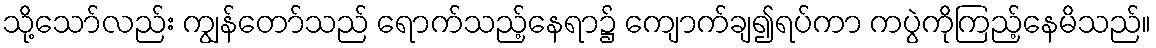
သို့သော်လည်း ကျွန်တော်သည် ရောက်သည့်နေရာ၌ ကျောက်ချ၍ရပ်ကာ ကပွဲကိုကြည့်နေမိသည်။